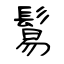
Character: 鬄